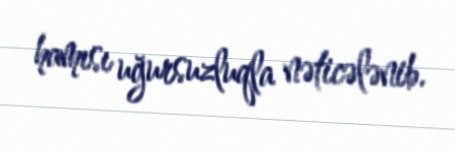
hamısı uğursuzluqla nəticələnib.